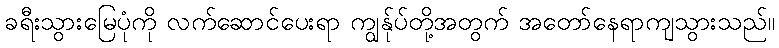
ခရီးသွားမြေပုံကို လက်ဆောင်ပေးရာ ကျွန်ုပ်တို့အတွက် အတော်နေရာကျသွားသည်။